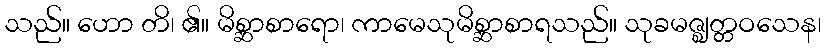
သည်။ ဟော တိ၊ ၏။ မိစ္ဆာစာရော၊ ကာမေသုမိစ္ဆာစာရသည်။ သုခမဇ္ဈတ္တဝသေန၊